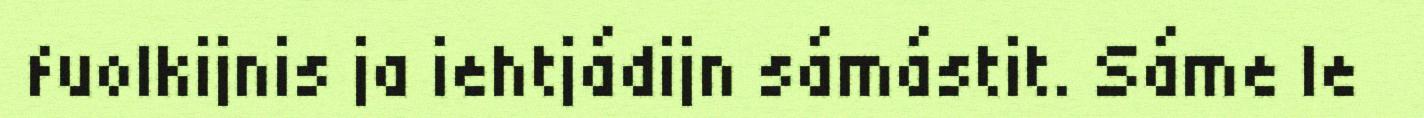
fuolkijnis ja iehtjádijn sámástit. Sáme le